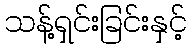
သန့်ရှင်းခြင်းနှင့်